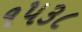
૧૫૩૮